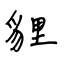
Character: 貍